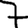
Digit: 7